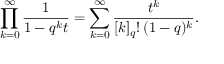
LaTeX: \prod _ { k = 0 } ^ { \infty } { \frac { 1 } { 1 - q ^ { k } t } } = \sum _ { k = 0 } ^ { \infty } { \frac { t ^ { k } } { [ k ] _ { q } ! \, ( 1 - q ) ^ { k } } } .